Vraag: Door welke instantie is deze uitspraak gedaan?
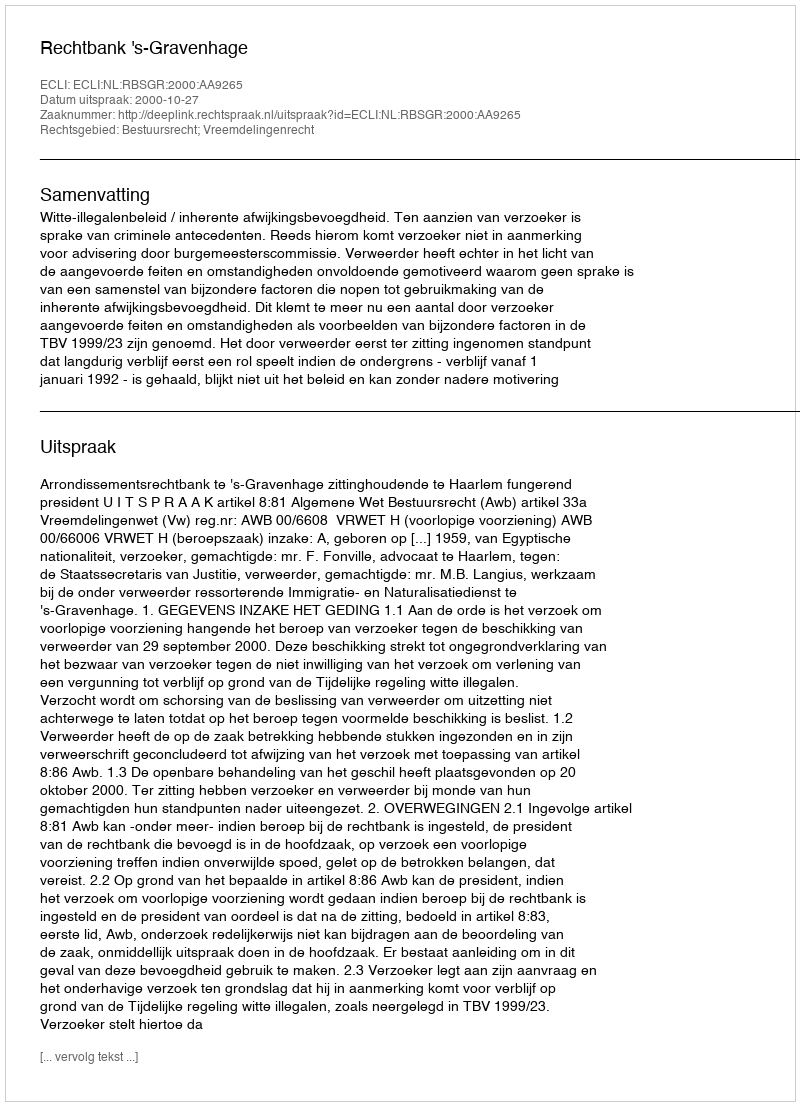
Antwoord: Rechtbank 's-Gravenhage